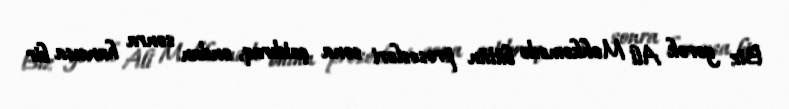
Biz gərək Ali Məhkəmədə bütün prosesləri sona çatdıraq, ondan sonra hansısa bir